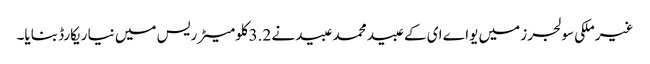
غیرملکی سولجرز میں یواے ای کے عبید محمد عبیدنے 3.2کلومیٹر ریس میں نیا ریکارڈ بنایا۔